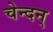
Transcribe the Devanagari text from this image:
चेन्दन्